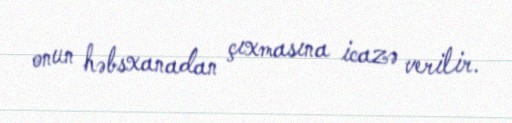
onun həbsxanadan çıxmasına icazə verilir.